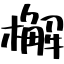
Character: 檞